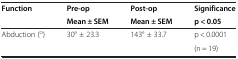
<table><thead><tr><td rowspan="2"><b>Function</b></td><td><b>Pre-op</b></td><td><b>Post-op</b></td><td><b>Significance</b></td></tr><tr><td><b>Mean ± SEM</b></td><td><b>Mean ± SEM</b></td><td><b>p &lt; 0.05</b></td></tr></thead><tbody><tr><td rowspan="2">Abduction (<sup>o</sup>)</td><td rowspan="2">30° ± 23.3</td><td rowspan="2">143° ± 33.7</td><td>p &lt; 0.0001</td></tr><tr><td>(n = 19)</td></tr></tbody></table>